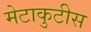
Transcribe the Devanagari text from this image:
मेटाकुटीस